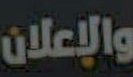
والإعلان